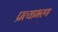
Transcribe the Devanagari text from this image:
प्रत्याभरण